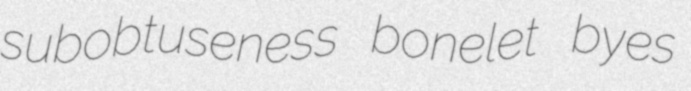
subobtuseness bonelet byes